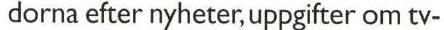
dorna efter nyheter, uppgifter om ty-